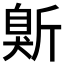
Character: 𱡭